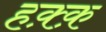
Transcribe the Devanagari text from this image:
हक़्क़